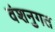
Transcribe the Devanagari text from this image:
वंशनुगत